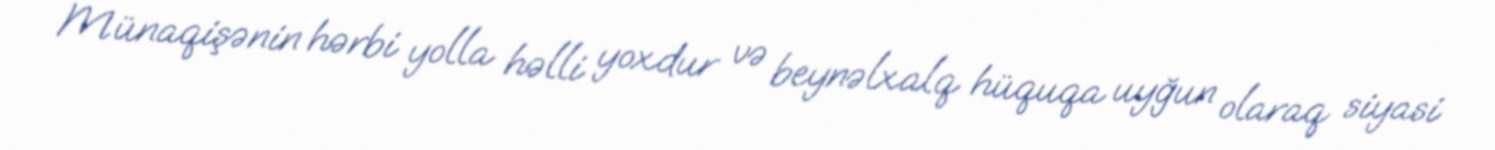
Münaqişənin hərbi yolla həlli yoxdur və beynəlxalq hüquqa uyğun olaraq siyasi